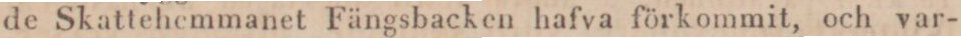
de Skattehemmanet Fängsbacken hafva förkommit, och var-